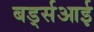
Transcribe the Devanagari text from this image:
बर्ड्सआई